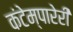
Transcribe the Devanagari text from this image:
कंटेम्पारेरी